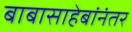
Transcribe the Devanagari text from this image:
बाबासाहेबांनंतर